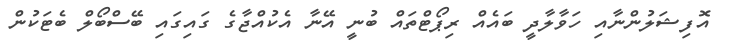
އޮފިޝަލުންނާއި ހަވާލާދީ ބައެއް ރިޕޯޓްތައް ބުނީ އޭނާ އެކުއްޖާގެ ގައިގައި ބޭސްބޯލް ބެޓަކުން